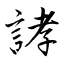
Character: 誟